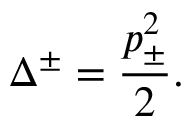
\Delta ^ { \pm } = \displaystyle \frac { p _ { \pm } ^ { 2 } } { 2 } .